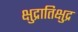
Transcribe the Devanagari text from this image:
क्षुद्रातिक्षुद्र